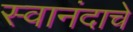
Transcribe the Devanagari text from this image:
स्वानंदाचे